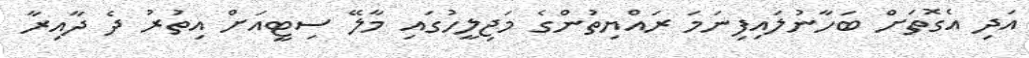
އަދި އެގޮތަށް ބަހާނުލައިފިނަމަ ރައްޔިތުންގެ މަޖިލީހުގައި މާލޭ ސިޓީއަށް އިތުރު ދެ ދާއިރާ